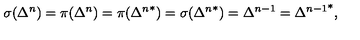
\sigma ( \Delta ^ { n } ) = \pi ( \Delta ^ { n } ) = \pi ( { \Delta ^ { n } } ^ { * } ) = \sigma ( { \Delta ^ { n } } ^ { * } ) = { \Delta } ^ { n - 1 } = { { \Delta } ^ { n - 1 } } ^ { * } ,